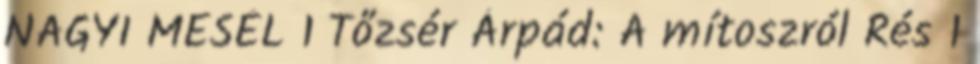
NAGYI MESÉL 1 Tőzsér Árpád: A mítoszról Rés 1